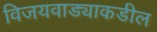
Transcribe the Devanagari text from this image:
विजयवाड्याकडील